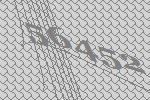
56452